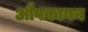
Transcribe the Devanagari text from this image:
औपकायन